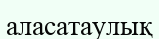
аласатаулық